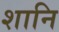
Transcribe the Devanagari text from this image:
शानि